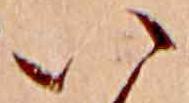
い